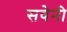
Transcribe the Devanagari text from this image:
सवेनी